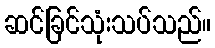
ဆင်ခြင်သုံးသပ်သည်။